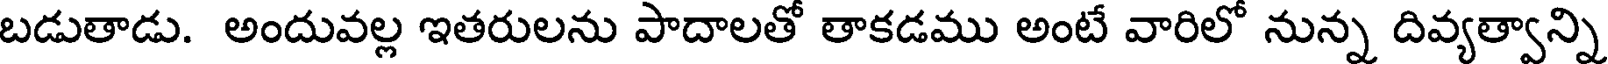
బడుతాడు. అందువల్ల ఇతరులను పాదాలతో తాకడము అంటే వారిలో నున్న దివ్యత్వాన్ని